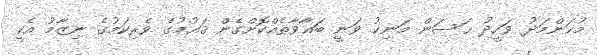
މުޙަންމަދު ވަހީދު ޙަސަން މަނިކު ވަނީ ބަޣާވާތެއްކޮށްގެން ޤައުމުގެ ވެރިކަމުގެ ނިޒާމު އެކީ